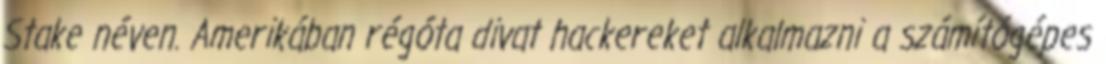
Stake néven. Amerikában régóta divat hackereket alkalmazni a számítógépes